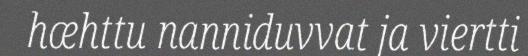
hæhttu nanniduvvat ja viertti